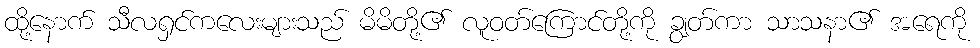
ထို့နောက် သီလရှင်ကလေးများသည် မိမိတို့၏ လူဝတ်ကြောင်တို့ကို ချွတ်ကာ သာသနာ၏ အရေကို